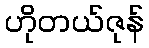
ဟိုတယ်ဇုန်